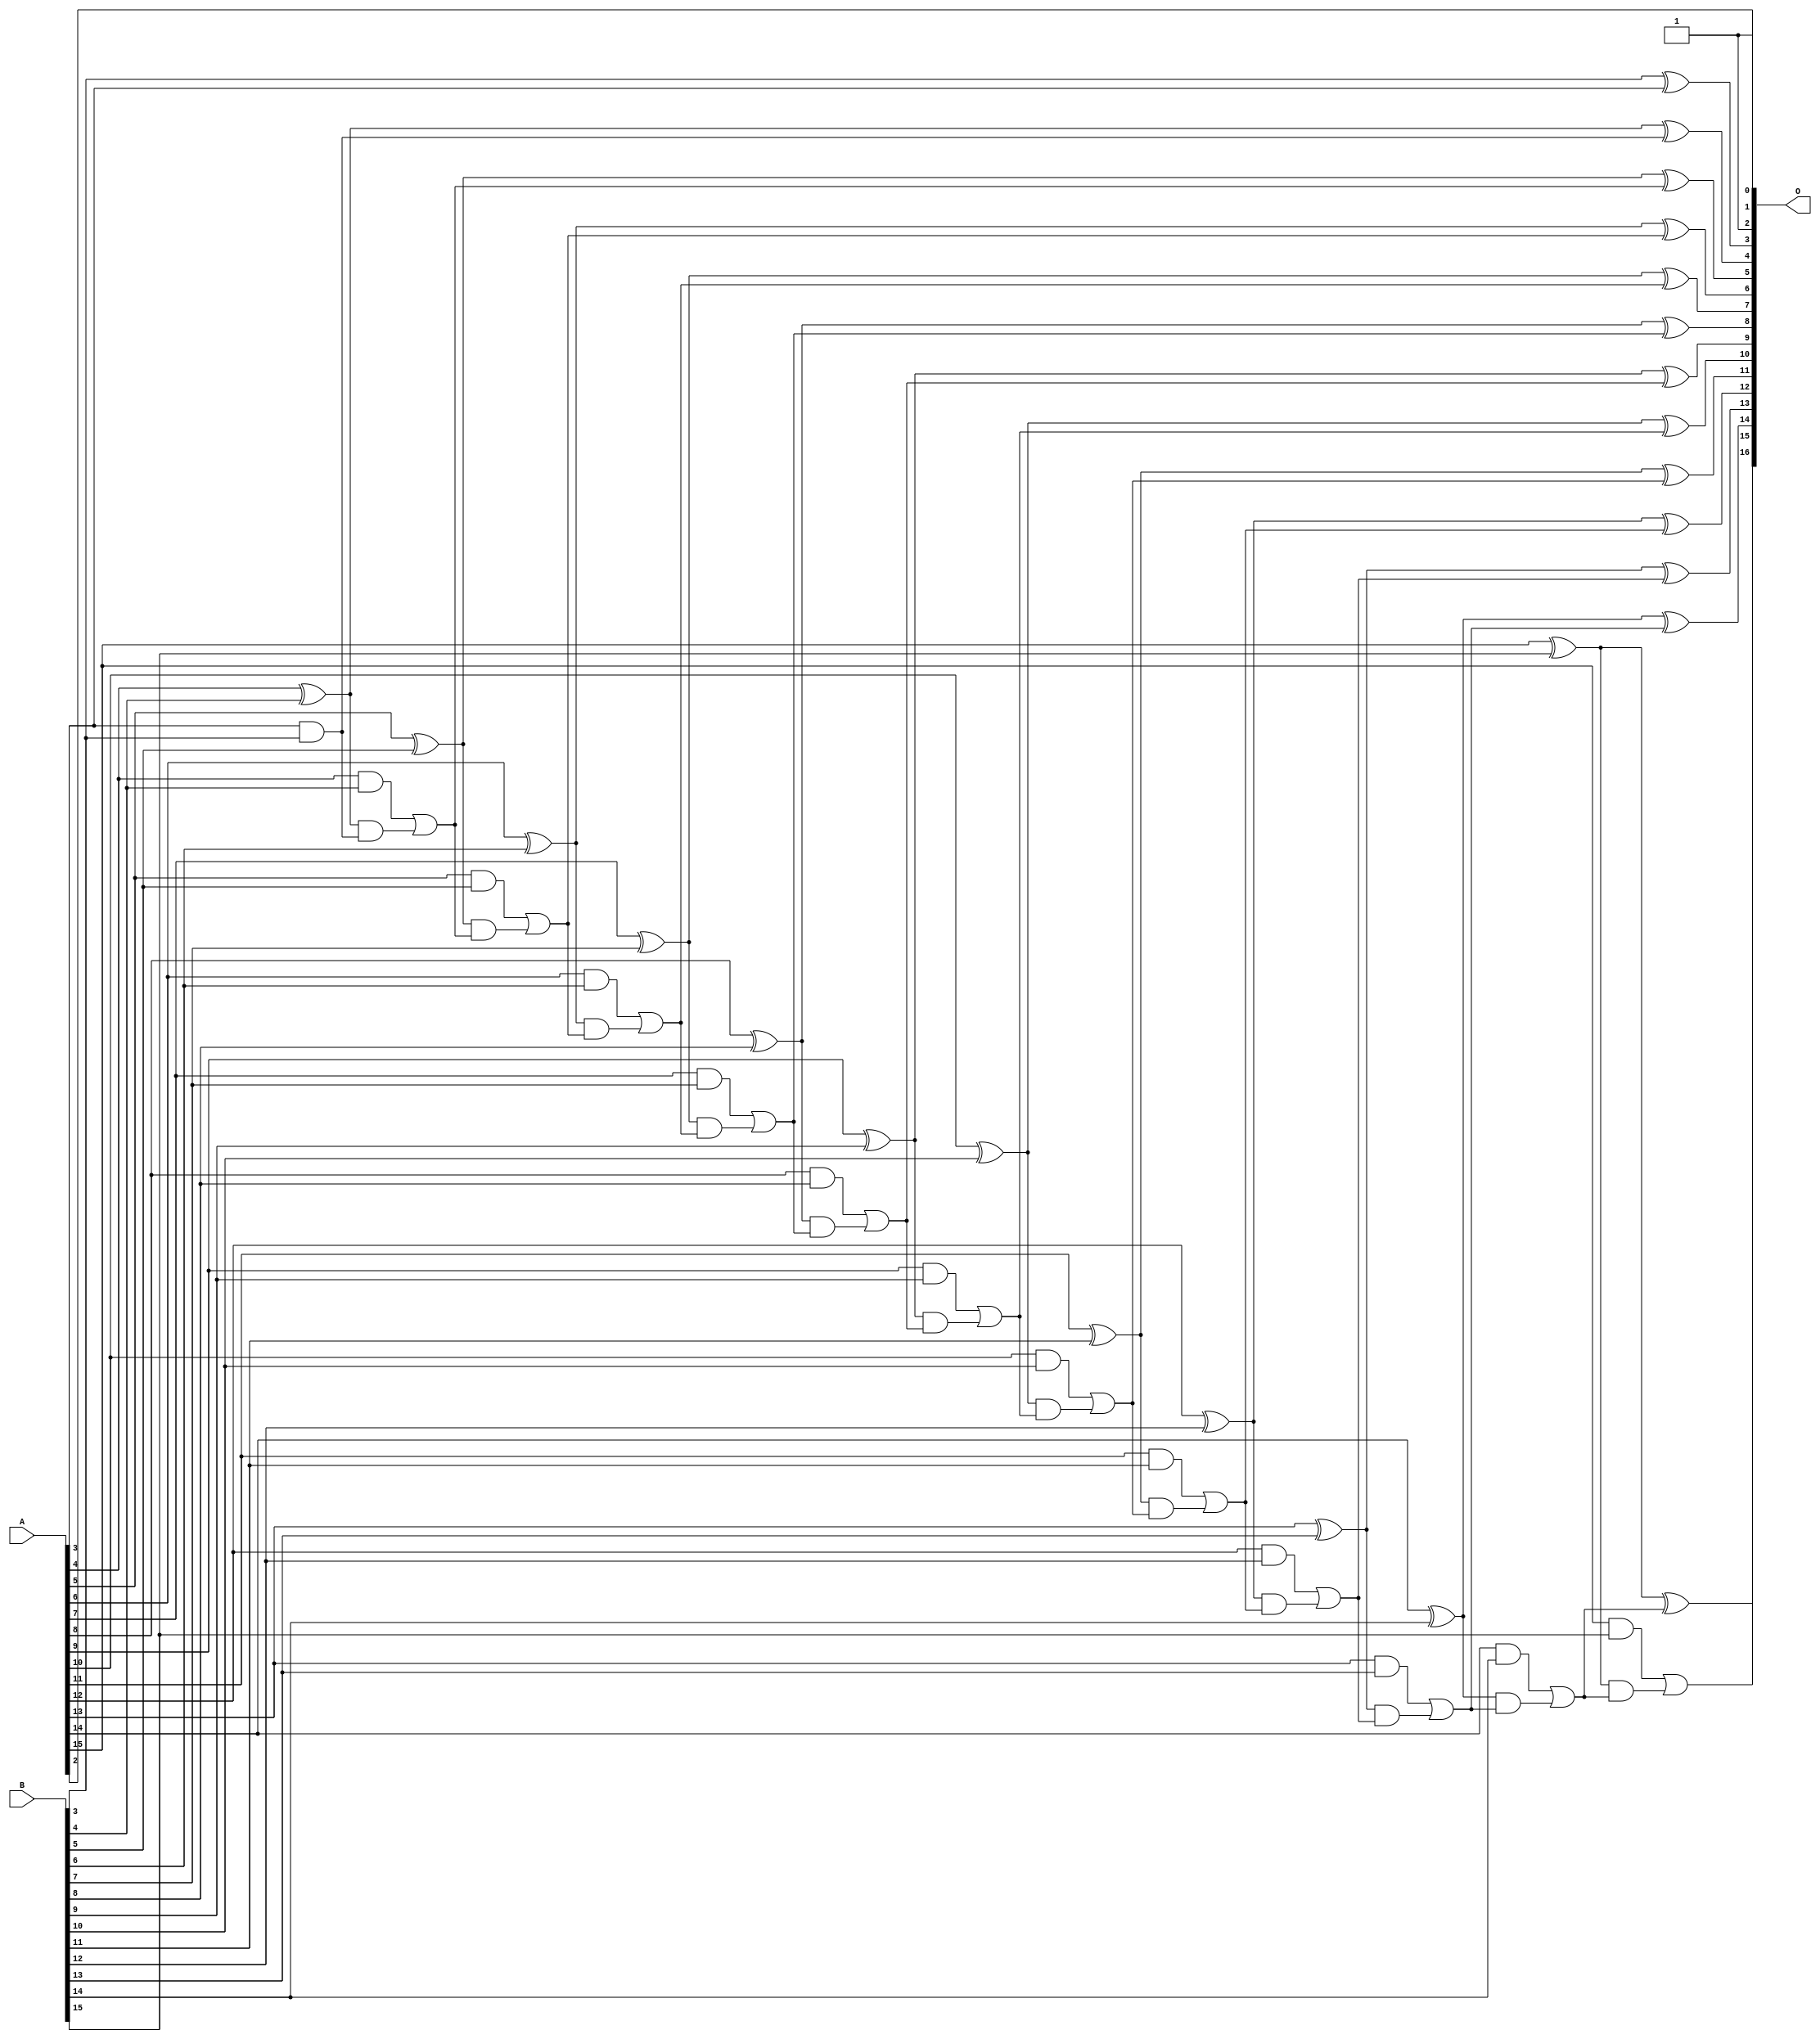
/***
* This code is a part of EvoApproxLib library (ehw.fit.vutbr.cz/approxlib) distributed under The MIT License.
* When used, please cite the following article(s):  
* This file contains a circuit from a sub-set of pareto optimal circuits with respect to the pwr and mae parameters
***/
// MAE% = 0.0018 %
// MAE = 2.4 
// WCE% = 0.0053 %
// WCE = 7.0 
// WCRE% = 400.00 %
// EP% = 87.50 %
// MRE% = 0.005 %
// MSE = 8.5 
// PDK45_PWR = 0.057 mW
// PDK45_AREA = 115.0 um2
// PDK45_DELAY = 1.04 ns


module add16u_0EM(A, B, O);
  input [15:0] A, B;
  output [16:0] O;
  wire sig_45, sig_48, sig_49, sig_50, sig_51, sig_53;
  wire sig_54, sig_55, sig_56, sig_58, sig_59, sig_60;
  wire sig_61, sig_63, sig_64, sig_65, sig_66, sig_68;
  wire sig_69, sig_70, sig_71, sig_73, sig_74, sig_75;
  wire sig_76, sig_78, sig_79, sig_80, sig_81, sig_83;
  wire sig_84, sig_85, sig_86, sig_88, sig_89, sig_90;
  wire sig_91, sig_93, sig_94, sig_95, sig_96, sig_98;
  wire sig_99, sig_100, sig_101, sig_103, sig_104, sig_105;
  wire sig_106;
  assign O[0] = 1'b1;
  assign O[2] = 1'b1;
  assign O[3] = B[3] ^ A[3];
  assign sig_45 = A[3] & B[3];
  assign sig_48 = sig_45;
  assign sig_49 = A[4] ^ B[4];
  assign sig_50 = A[4] & B[4];
  assign sig_51 = sig_49 & sig_48;
  assign O[4] = sig_49 ^ sig_48;
  assign sig_53 = sig_50 | sig_51;
  assign sig_54 = A[5] ^ B[5];
  assign sig_55 = A[5] & B[5];
  assign sig_56 = sig_54 & sig_53;
  assign O[5] = sig_54 ^ sig_53;
  assign sig_58 = sig_55 | sig_56;
  assign sig_59 = A[6] ^ B[6];
  assign sig_60 = A[6] & B[6];
  assign sig_61 = sig_59 & sig_58;
  assign O[6] = sig_59 ^ sig_58;
  assign sig_63 = sig_60 | sig_61;
  assign sig_64 = A[7] ^ B[7];
  assign sig_65 = A[7] & B[7];
  assign sig_66 = sig_64 & sig_63;
  assign O[7] = sig_64 ^ sig_63;
  assign sig_68 = sig_65 | sig_66;
  assign sig_69 = A[8] ^ B[8];
  assign sig_70 = A[8] & B[8];
  assign sig_71 = sig_69 & sig_68;
  assign O[8] = sig_69 ^ sig_68;
  assign sig_73 = sig_70 | sig_71;
  assign sig_74 = A[9] ^ B[9];
  assign sig_75 = A[9] & B[9];
  assign sig_76 = sig_74 & sig_73;
  assign O[9] = sig_74 ^ sig_73;
  assign sig_78 = sig_75 | sig_76;
  assign sig_79 = A[10] ^ B[10];
  assign sig_80 = A[10] & B[10];
  assign sig_81 = sig_79 & sig_78;
  assign O[10] = sig_79 ^ sig_78;
  assign sig_83 = sig_80 | sig_81;
  assign sig_84 = A[11] ^ B[11];
  assign sig_85 = A[11] & B[11];
  assign sig_86 = sig_84 & sig_83;
  assign O[11] = sig_84 ^ sig_83;
  assign sig_88 = sig_85 | sig_86;
  assign sig_89 = A[12] ^ B[12];
  assign sig_90 = A[12] & B[12];
  assign sig_91 = sig_89 & sig_88;
  assign O[12] = sig_89 ^ sig_88;
  assign sig_93 = sig_90 | sig_91;
  assign sig_94 = A[13] ^ B[13];
  assign sig_95 = A[13] & B[13];
  assign sig_96 = sig_94 & sig_93;
  assign O[13] = sig_94 ^ sig_93;
  assign sig_98 = sig_95 | sig_96;
  assign sig_99 = A[14] ^ B[14];
  assign sig_100 = A[14] & B[14];
  assign sig_101 = sig_99 & sig_98;
  assign O[14] = sig_99 ^ sig_98;
  assign sig_103 = sig_100 | sig_101;
  assign sig_104 = A[15] ^ B[15];
  assign sig_105 = A[15] & B[15];
  assign sig_106 = sig_104 & sig_103;
  assign O[15] = sig_104 ^ sig_103;
  assign O[16] = sig_105 | sig_106;
  assign O[1] = A[2];
endmodule